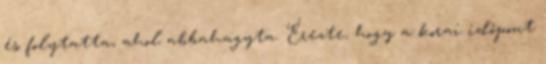
és folytatta, ahol abbahagyta. Érezte, hogy a korai időpont